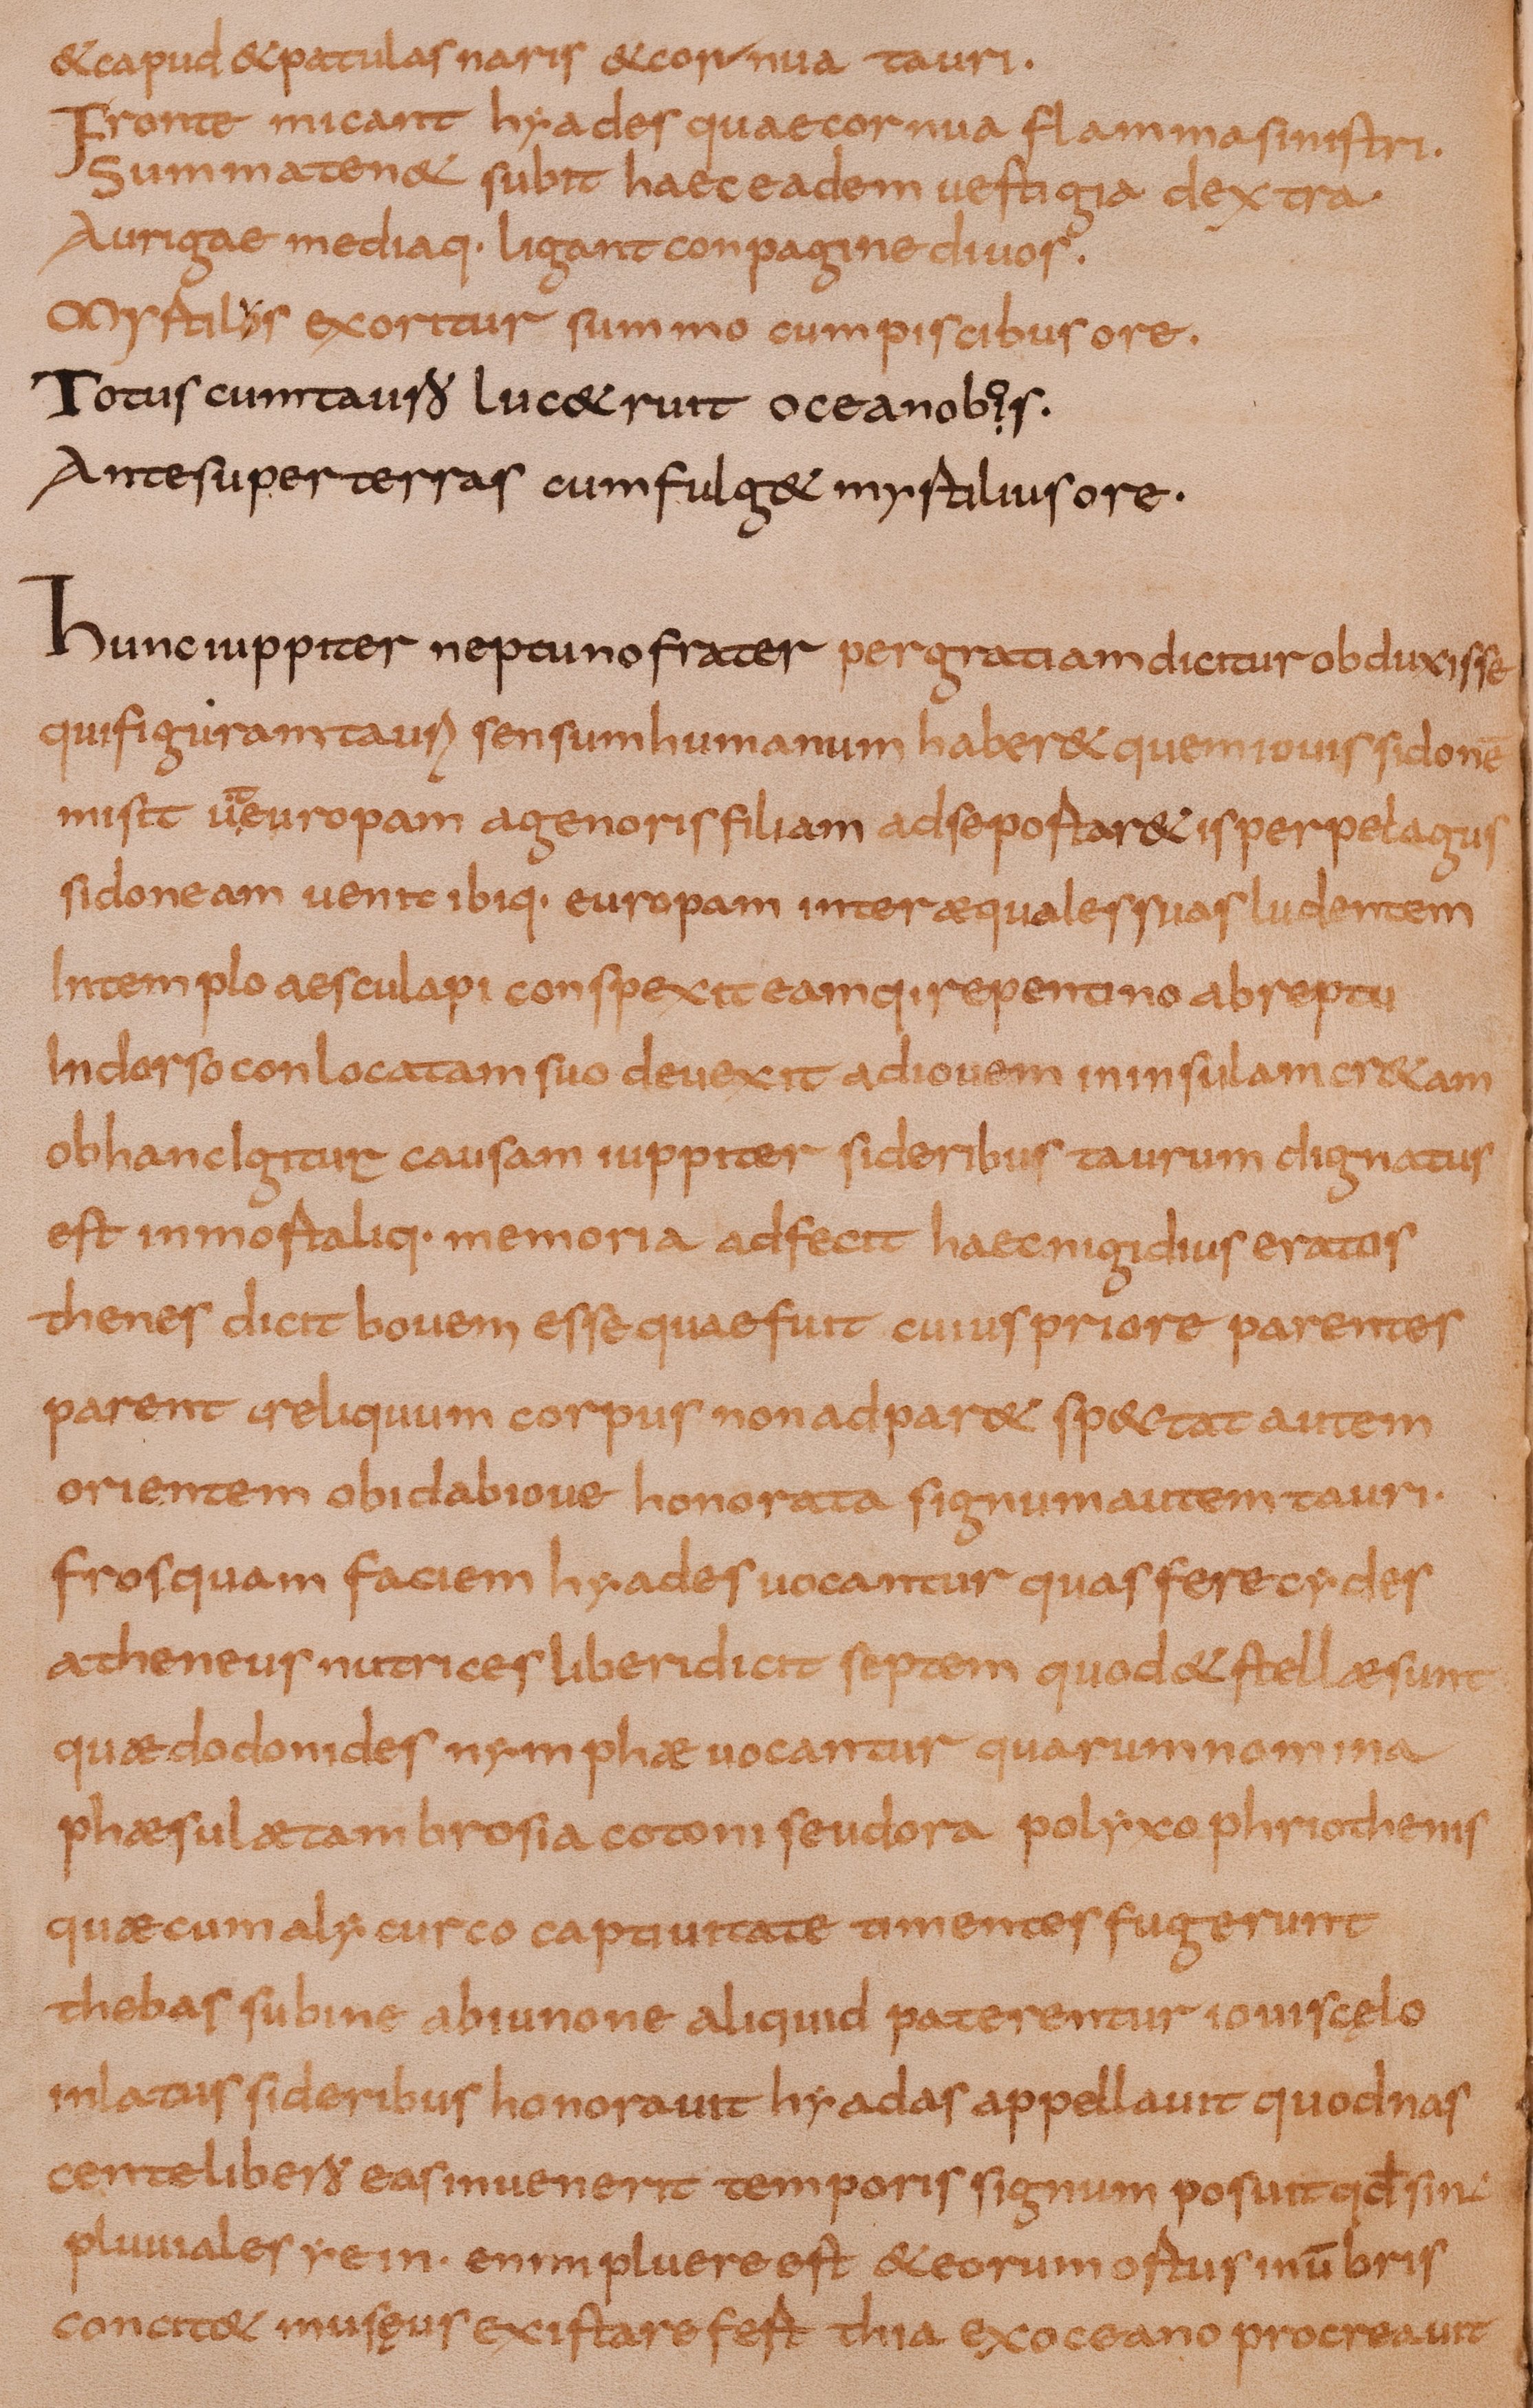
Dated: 800–849